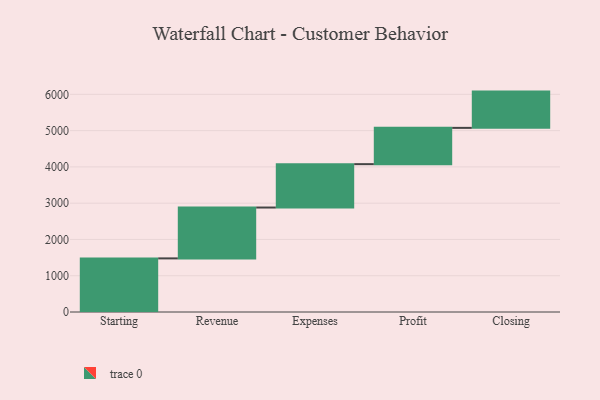
{"axis": {"x": "Step", "y": "Value"}, "legend": [""], "data": [{"x": "Starting", "y": 1478.0, "type": ""}, {"x": "Revenue", "y": 1402.0, "type": ""}, {"x": "Expenses", "y": 1196.0, "type": ""}, {"x": "Profit", "y": 1000, "type": ""}, {"x": "Closing", "y": 1000, "type": ""}]}